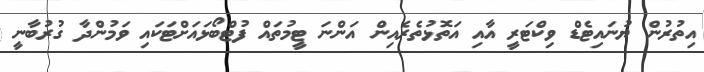
އިތުރުން ޔުނައިޓެޑް ވިކްޓަރީ އާއި އަތޮޅުތެރެެއިން އަންނަ ޓީމުތައް ފުޓްބޯޅައަށްޓަކައި ވަމުންދާ ގުރުބާނީ